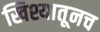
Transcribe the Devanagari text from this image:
खिश्यातूनच